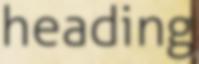
heading